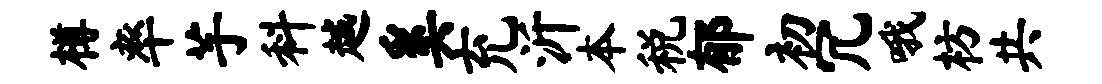
樽率芋料越奚充沂本税郁初冗哦枋共